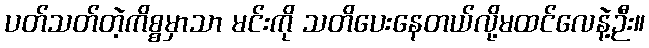
ပတ်သတ်တဲ့ကိစ္စမှာသာ မင်းကို သတိပေးနေတယ်လို့မထင်လေနဲ့ဉီး။